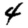
Digit: 4